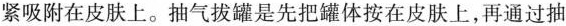
紧吸附在皮肤上。抽气拔罐是先把罐体按在皮肤上，再通过抽